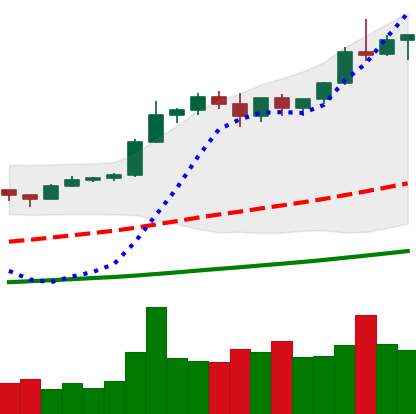
Ticker: BTC-USD
Chart end date: 2020-12-29
Forward return: 19.807%
Label: up_7plus